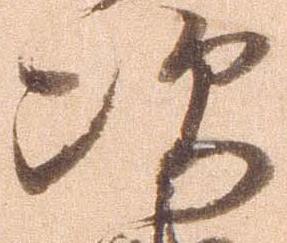
次